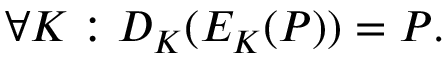
\forall K : D _ { K } ( E _ { K } ( P ) ) = P .